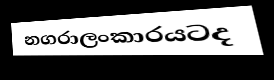
නගරාලංකාරයටද